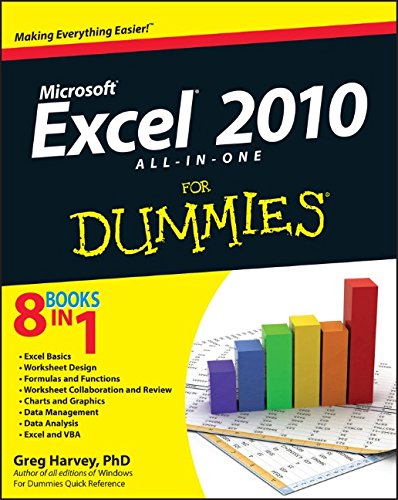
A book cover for Excel 2010 All-in-One For Dummies; Greg Harvey; Computers & Technology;